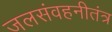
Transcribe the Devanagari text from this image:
जलसंवहनीतंत्र